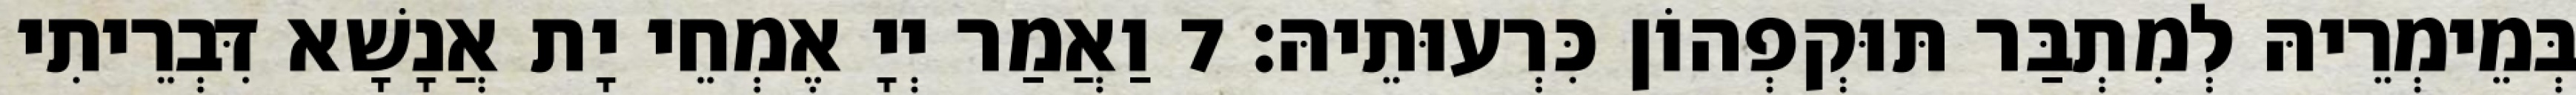
בְּמֵימְרֵיהּ לְמִתְבַּר תּוּקְפְהוֹן כִּרְעוּתֵיהּ׃ 7 וַאֲמַר יְיָ אֶמְחֵי יָת אֲנָשָׁא דִּבְרֵיתִי